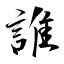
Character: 誰